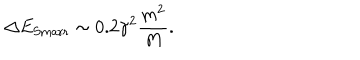
\Delta E _ { \mathrm { S m a r r } } \sim 0 . 2 \gamma ^ { 2 } \frac { m ^ { 2 } } { M } .